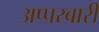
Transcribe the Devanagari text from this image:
अप्परबारी